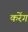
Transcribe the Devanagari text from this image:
करेंग